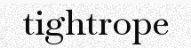
tightrope